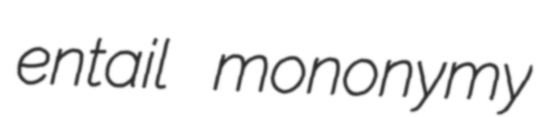
entail mononymy